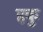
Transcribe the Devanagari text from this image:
हकु